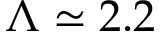
\Lambda \simeq 2 . 2